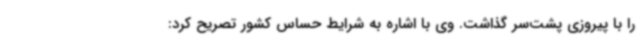
را با پیروزی پشت‌سر گذاشت. وی با اشاره به شرایط حساس کشور تصریح کرد: